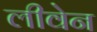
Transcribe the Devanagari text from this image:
लीवेन